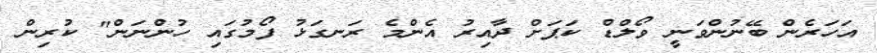
އަހަރެން ބޭނުންވަނީ ވޯލްޑް ކަޕަށް ދާއިރު އެންމެ ރަނގަޅު ފޯމުގައި ހުންނަން" ކުރިން